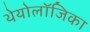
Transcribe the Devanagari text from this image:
थेयोलॉजिका